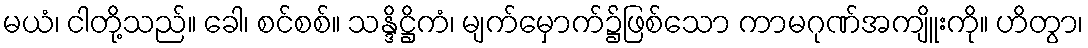
မယံ၊ ငါတို့သည်။ ခေါ၊ စင်စစ်။ သန္ဒိဋ္ဌိကံ၊ မျက်မှောက်၌ဖြစ်သော ကာမဂုဏ်အကျိူးကို။ ဟိတွာ၊